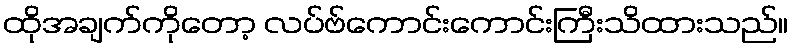
ထိုအချက်ကိုတော့ လပ်ဗ်ကောင်းကောင်းကြီးသိထားသည်။